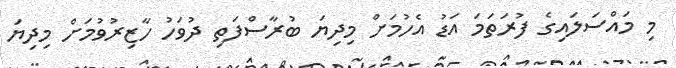
މި މައްސަލައިގެ ފުރަތަމަ އަޑު އެހުމަށް މިދިޔަ ބުރާސްފަތި ދުވަހު ހާޒިރުވުމަށް މިދިޔަ